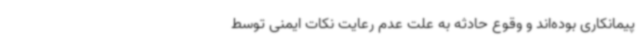
پیمانکاری بوده‌اند و وقوع حادثه به علت عدم رعایت نکات ایمنی توسط